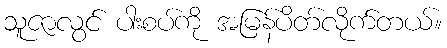
သူဇာလွင် ပါးစပ်ကို အမြန်ပိတ်လိုက်တယ်။